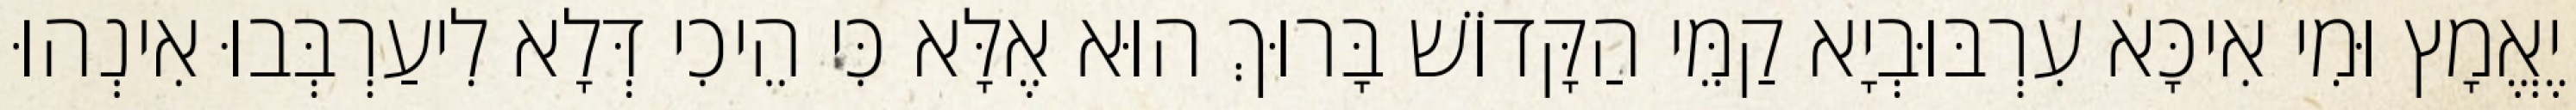
יֶאֱמָץ וּמִי אִיכָּא עִרְבּוּבְיָא קַמֵּי הַקָּדוֹשׁ בָּרוּךְ הוּא אֶלָּא כִּי הֵיכִי דְּלָא לִיעַרְבְּבוּ אִינְהוּ